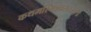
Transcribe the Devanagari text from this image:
कथमस्मिन्नवसरः॥१॥